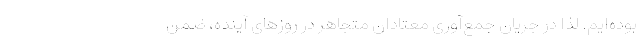
بوده‌ایم. لذا در جریان جمع‌آوری معتادان متجاهر در روزهای آینده، ضمن